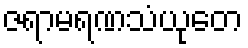
ဇရာမရဏသံယုတေ